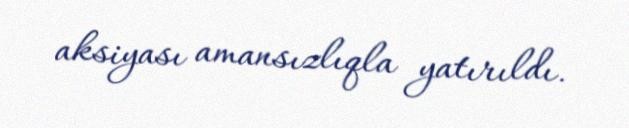
aksiyası amansızlıqla yatırıldı.